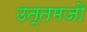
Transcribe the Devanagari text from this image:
उत्तमजौ